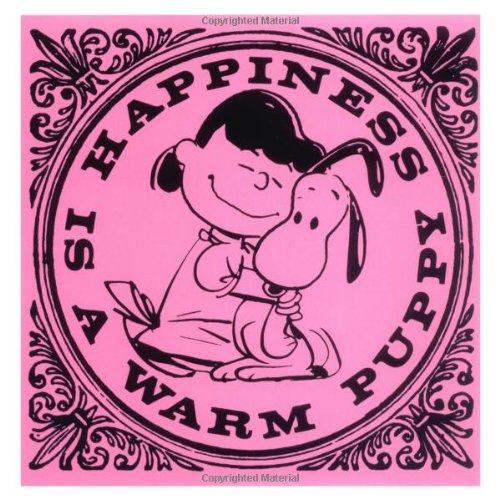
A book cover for Happiness is a Warm Puppy (Peanuts); Charles M. Schulz; Humor & Entertainment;